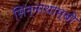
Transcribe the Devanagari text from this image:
सिन्नाथाम्बी